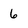
Character: 6